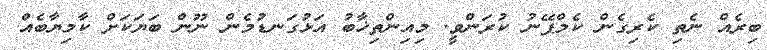
ބިރެއް ނެތި ކެރިގެން ކެމްޕޭނު ކުރަންވީ. މިއިންތިޚާބު އަޅުގަނޑުމެން ނޫން ބަޔަކަށް ކާމިޔާބެއް